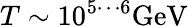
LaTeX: T\sim 10^{5\cdots 6}\mathrm{GeV}